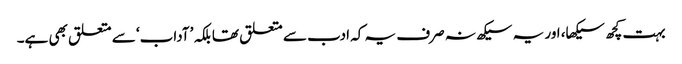
بہت کچھ سیکھا، اور یہ سیکھ نہ صرف یہ کہ ادب سے متعلق تھا بلکہ ’آداب‘ سے متعلق بھی ہے۔